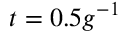
t = 0 . 5 g ^ { - 1 }